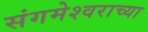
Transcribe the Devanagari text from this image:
संगमेश्वराच्या